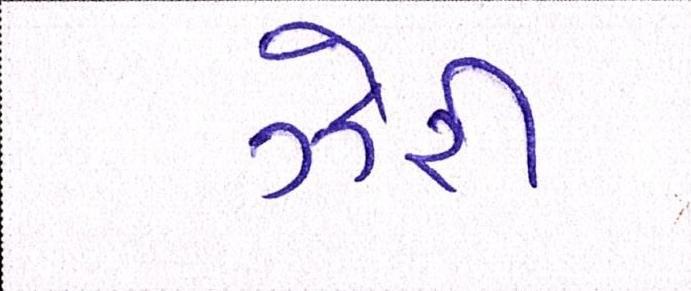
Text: ઝેરી